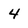
Character: 4